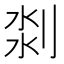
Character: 𠝃